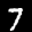
Label: 7